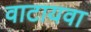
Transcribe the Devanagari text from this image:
वाटायवा